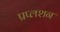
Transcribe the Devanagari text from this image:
प्रप्लशन